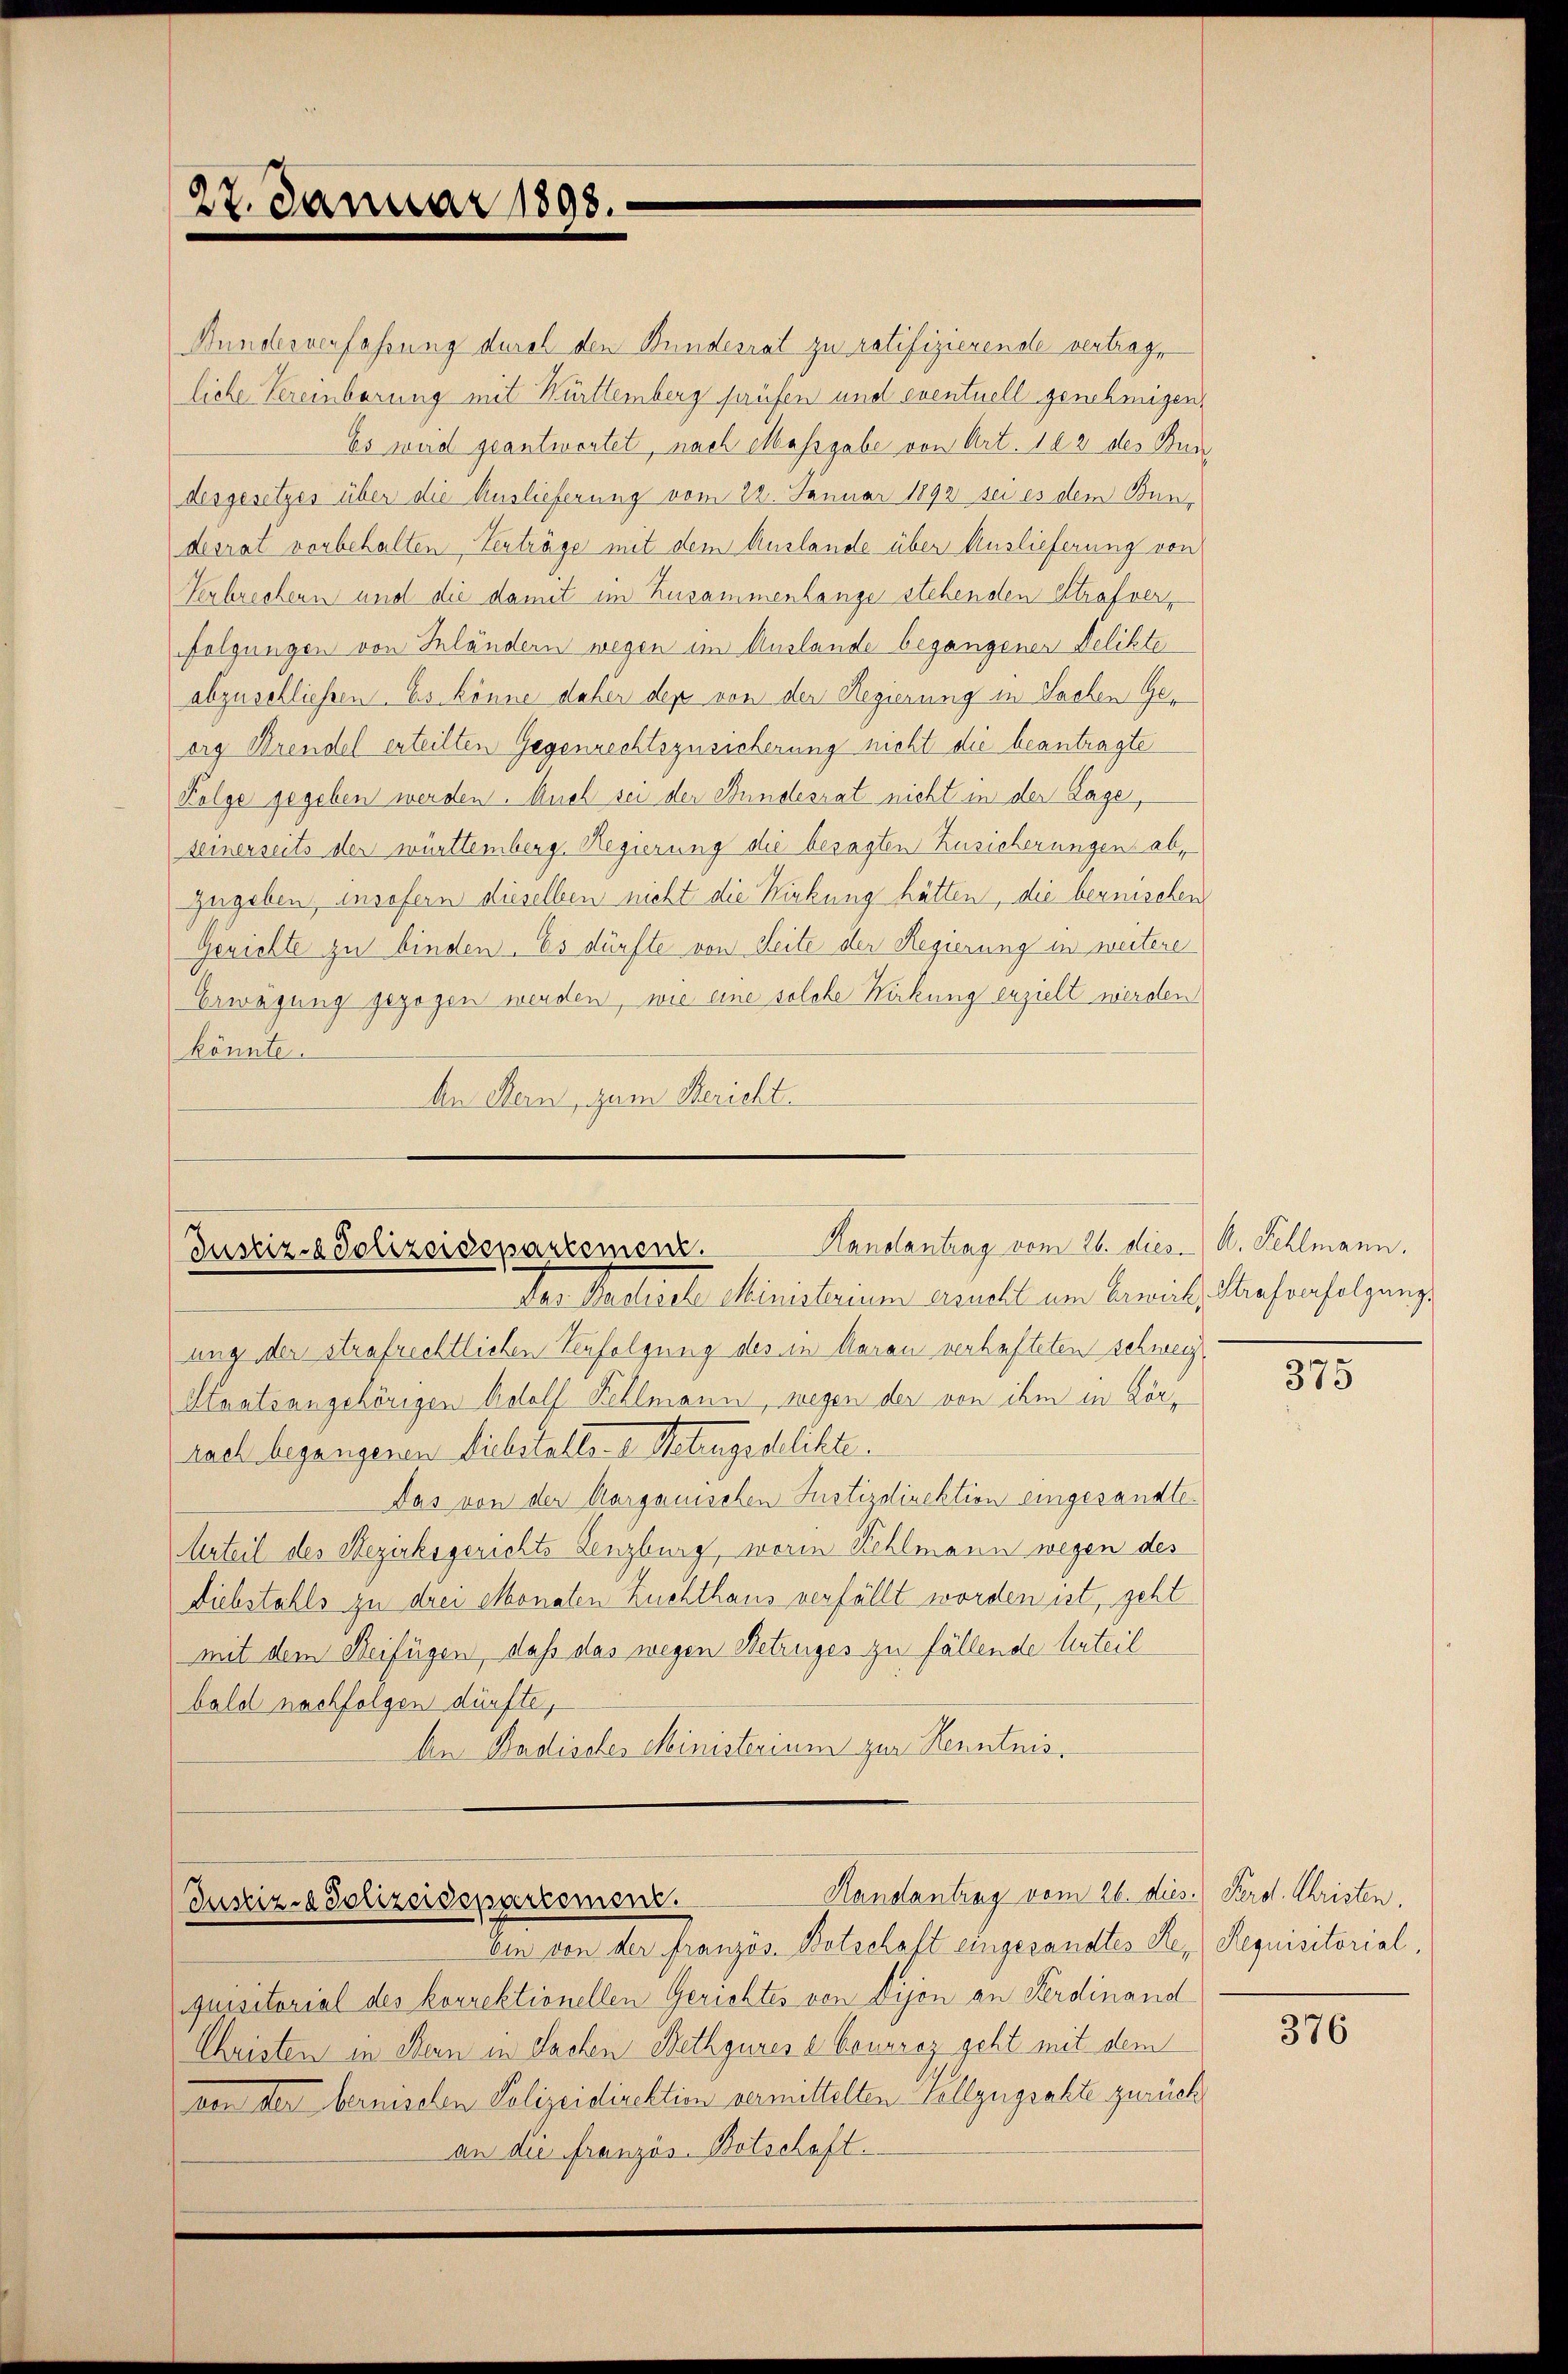
27. Januar 1898.

Kanalantrag vom 26. dies. A. Fehlmann.
Justiz-Polizeidepartement.
Der Antliche Minutrium andelt um Zürich, diesenholzung

Bundesverfassung durch den Bundesrat zu ratifizierende vertrage
liche Vereinbarung mit Württemberg prüfen und eventuell genehmigen,
Es weid geantwortet, nach Massgabe von Art. 182 des Bun
desgesetzes über die Auslieferung vom 22. Januar 1892 sei es dem Bundesrat vorbehalten Verträge mit dem Auslande über Auslieferung von
Verbrechern und die damit im Zusammenhange stehenden Strafverfolgungen von Inländern wegen im Auslande begangener Delikte
abzuschliessen. Es könne daher den von der Regierung in Sachen Georg Wrendel erteilten Gegenrechtszusicherung nicht die beantragte
Folge gegeben werden. Auch sei der Bundesrat nicht in der Lage,
seinerseits der württemberg. Regierung die besagten Zusicherungen abzugeben, insofern dieselben nicht die Wirkung hätten, die bernischen
Gerichte zu binden. Es dürfte von Seite der Regierung in weitere
Erwägung gezogen werden, wie eine solche Wirkung erzielt werden
könnte.
An Stern, zum Bericht.

ung der strafrechtlichen Verfolgung des in Aarau verhafteten schweiz
Staatsangehörigen Adolf Kehlmann, wegen der von ihm in Körnach begangenen Diebstalle Metragsdelikte.
Das von der Aargauischen Justizdirektion eingesandte
Urteil des Bezirksgerichts Lenzburg, worin Kehlmann wegen des
Diebstahls zu drei Monaten Zuchthaus verfällt worden ist, geht
mit dem Beifügen, daß das wegen Betruges zu fällende Urteil
bald nachfolgen dürfte,
An Badisches Ministerium zur Kenntnis.

Handantrag vom 26. dies. Ferd. Christen.
Justiz- & Polizeidepartement.

ein von der französ. Botschaft eingesandtes Se-Requisitorial,
quisitorial des korrektionellen Gerichtes von Dijon an Ferdinand
Christen in Bern in Sachen Bethgures e Vouvrez geht mit dem
von den bernischen Polizeidirektion vermittelten Vollzugsalte zurück
an die Französ. Botschaft.

375

376